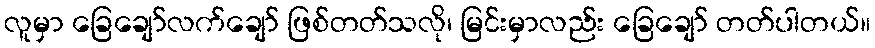
လူမှာ ခြေချော်လက်ချော် ဖြစ်တတ်သလို၊ မြင်းမှာလည်း ခြေချော် တတ်ပါတယ်။